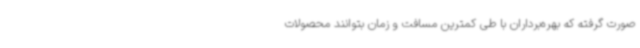
صورت گرفته که بهره‌برداران با طی کمترین مسافت و زمان بتوانند محصولات